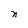
Character: n